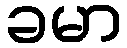
ခမာ